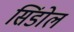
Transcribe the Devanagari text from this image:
सिंडोल